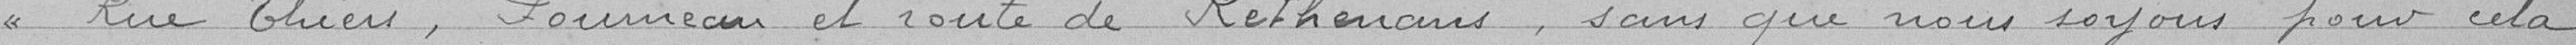
rue Thiers, Fourneau et route de Rethenans, sans que nous soyons pour cela